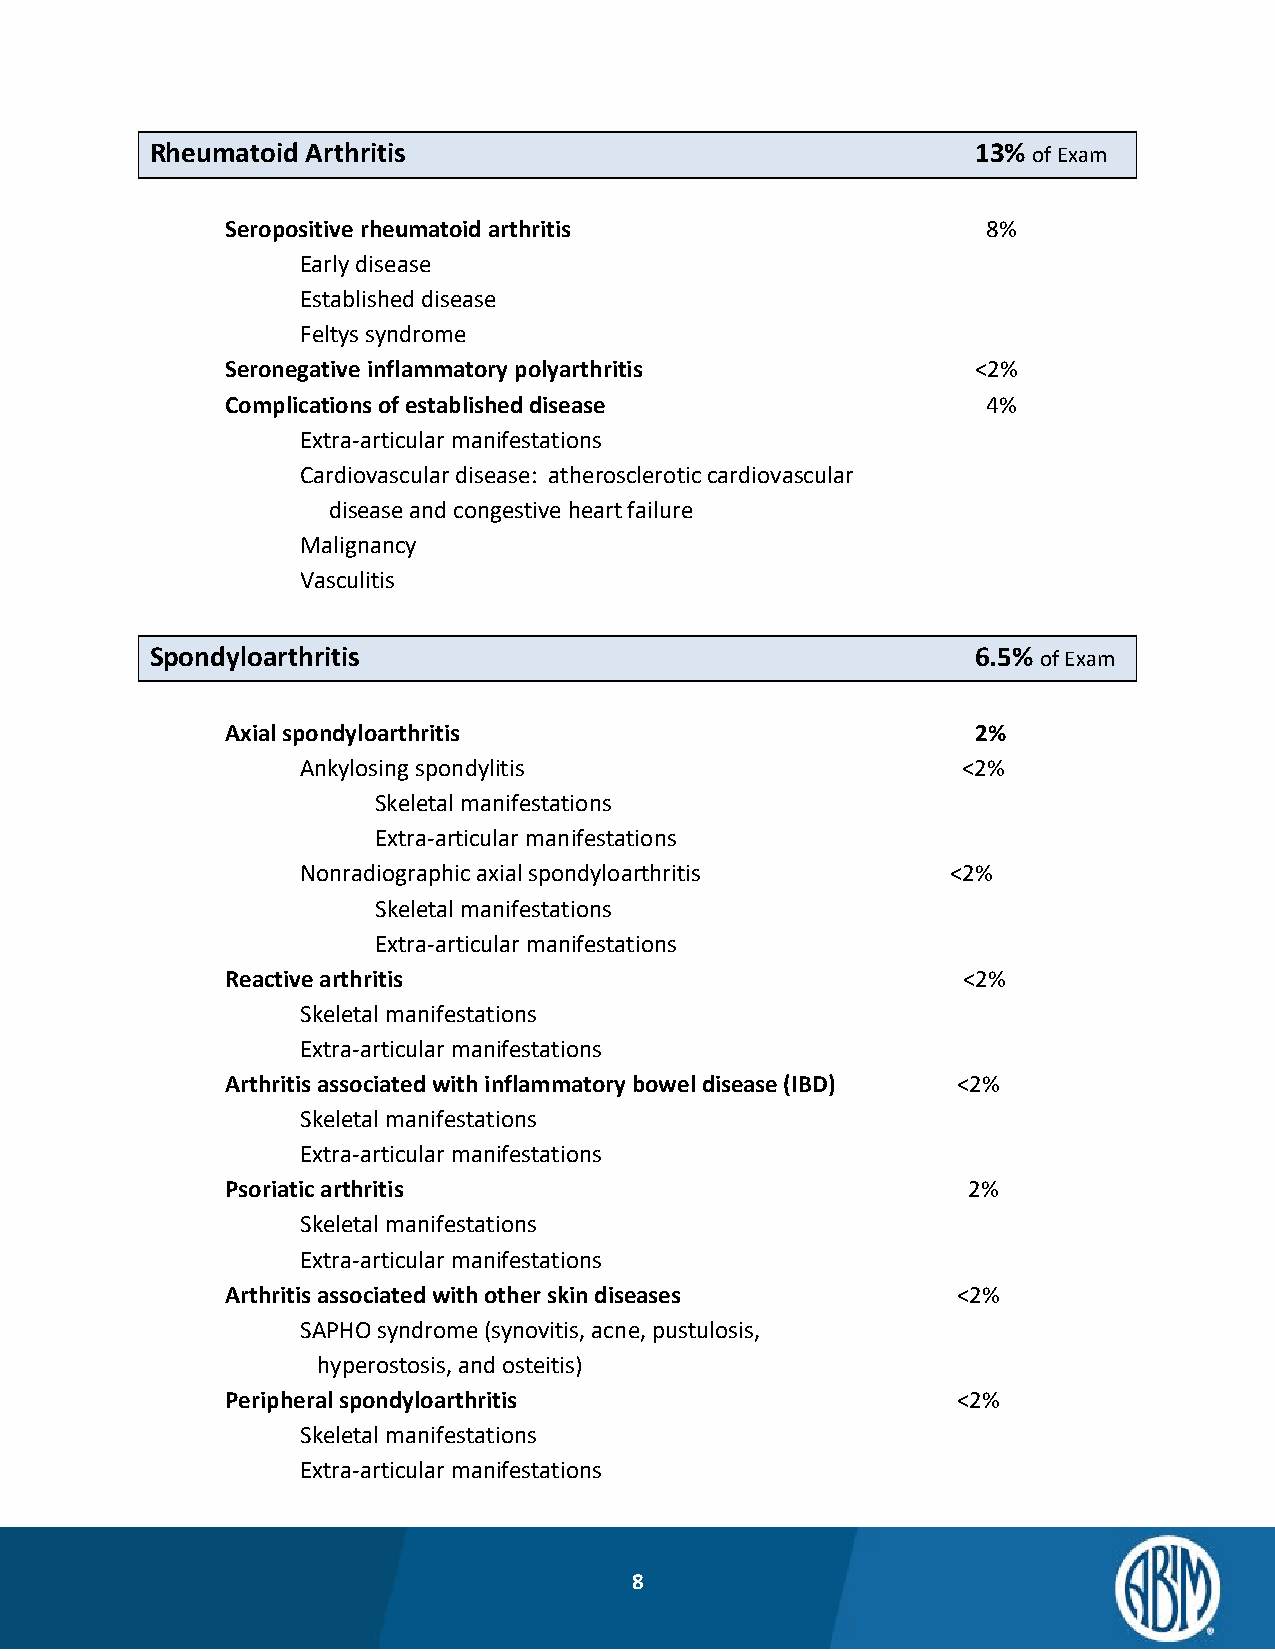
Rheumatoid Arthritis                                   13% of Exam
 Seropositive rheumatoid arthritis                 8%
 Early disease
 Established disease
 Feltys syndrome
 Seronegative inflammatory polyarthritis           <2%
 Complications of established disease              4%
 Extra-articular manifestations
 Cardiovascular disease: atherosclerotic cardiovascular
 disease and congestive heart failure
 Malignancy
 Vasculitis
 Spondyloarthritis                                      6.5% of Exam
 Axial spondyloarthritis                           2%
 Ankylosing spondylitis                      <2%
 Skeletal manifestations
 Extra-articular manifestations
 Nonradiographic axial spondyloarthritis    <2%
 Skeletal manifestations
 Extra-articular manifestations
 Reactive arthritis                               <2%
 Skeletal manifestations
 Extra-articular manifestations
 Arthritis associated with inflammatory bowel disease (IBD) <2%
 Skeletal manifestations
 Extra-articular manifestations
 Psoriatic arthritis                              2%
 Skeletal manifestations
 Extra-articular manifestations
 Arthritis associated with other skin diseases   <2%
 SAPHO syndrome (synovitis, acne, pustulosis,
 hyperostosis, and osteitis)
 Peripheral spondyloarthritis                    <2%
 Skeletal manifestations
 Extra-articular manifestations
 8